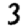
Digit: 3